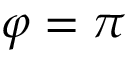
\varphi = \pi